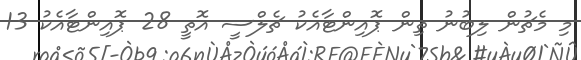
މި މެޗުން ލިބުނު ތިން ޕޮއިންޓާއެކު ޗެލްސީ އޮތީ 28 ޕޮއިންޓާއެކު 13